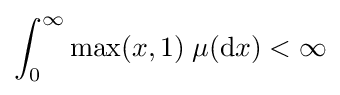
\int _{0}^{\infty }\max(x,1)\;\mu (\mathrm {d} x)<\infty